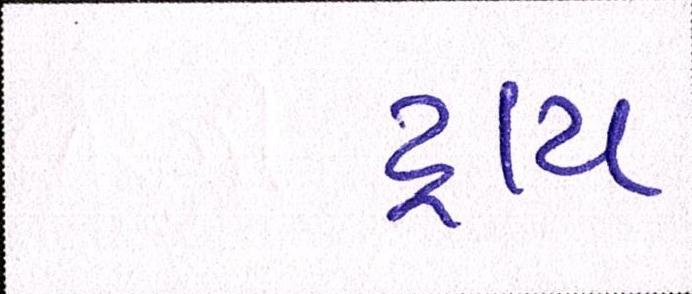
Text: ટ્રાય